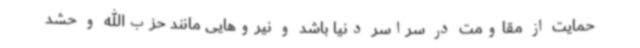
حمایت از مقاومت در سراسر دنیا باشد و نیروهایی مانند حزب‌الله و حشد